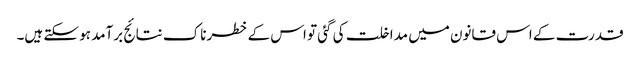
قدرت کے اس قانون میں مداخلت کی گئی تو اس کے خطرناک نتائج برآمد ہو سکتے ہیں۔